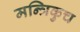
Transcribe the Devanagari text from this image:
मन्त्रिकुच